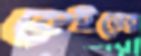
কেইনের